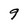
Character: 9